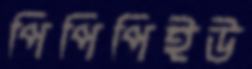
পিপিপিইউ